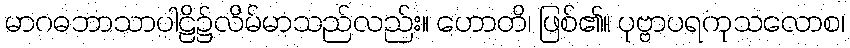
မာဂဓဘာသာပါဠိ၌လိမ်မာသည်လည်း။ ဟောတိ၊ ဖြစ်၏။ ပုဗ္ဗာပရကုသလောစ၊